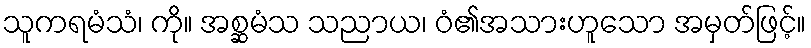
သူကရမံသံ၊ ကို။ အစ္ဆမံသ သညာယ၊ ဝံ၏အသားဟူသော အမှတ်ဖြင့်။